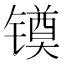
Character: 𰾻